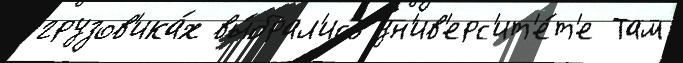
грузов'ика́х вы́брал'ись ун'ив'ерс'ит'е́т'е Там